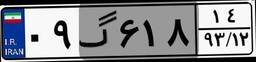
۰۹گ۶۱۸۱۴